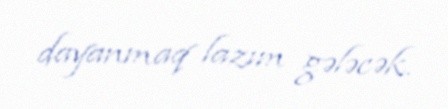
dayanmaq lazım gələcək.